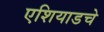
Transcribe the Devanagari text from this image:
एशियाडचे